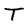
Character: T